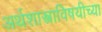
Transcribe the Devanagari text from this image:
अर्थशास्त्राविषयीच्या